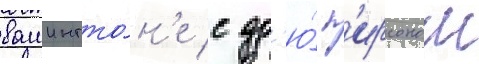
вашингто́н'е с др'ю́ п'ирсоном